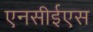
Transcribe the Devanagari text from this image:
एनसीईएस